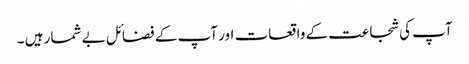
آپ کی شجاعت کے واقعات اور آپ کے فضائل بے شمار ہیں ۔